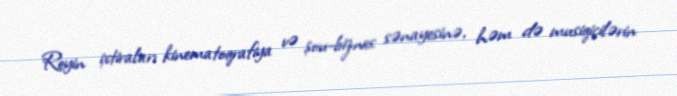
Reyin ixtiraları kinematoqrafiya və şou-biznes sənayesinə, həm də musiqiçilərin